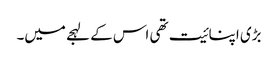
بڑی اپنائیت تھی اس کے لہجے میں۔